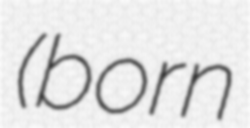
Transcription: (born